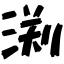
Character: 渕